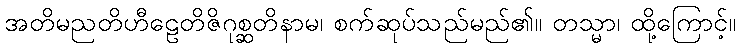
အတိမညတိဟီဠေတိဇိဂုစ္ဆတိနာမ၊ စက်ဆုပ်သည်မည်၏။ တသ္မာ၊ ထို့ကြောင့်။